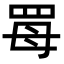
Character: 𦊏